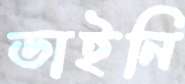
ডাইনি